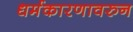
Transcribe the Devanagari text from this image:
धर्मकारणावरुन